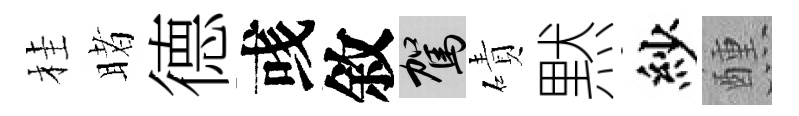
桂睹德彧敘駕磧黙紗醺